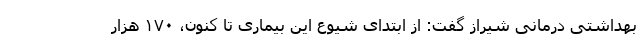
بهداشتی درمانی شیراز گفت: از ابتدای شیوع این بیماری تا کنون، ۱۷۰ هزار